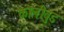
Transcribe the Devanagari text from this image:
कोलीवुड